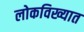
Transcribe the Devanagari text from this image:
लोकविख्यात